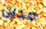
مدين